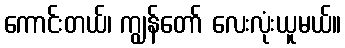
ကောင်းတယ်၊ ကျွန်တော် လေးလုံးယူမယ်။